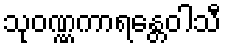
သုဝဏ္ဏကာရန္တေဝါသီ